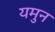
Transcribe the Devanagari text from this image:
यमुन